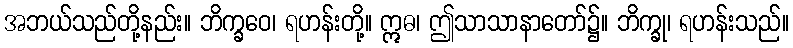
အဘယ်သည်တို့နည်း။ ဘိက္ခဝေ၊ ရဟန်းတို့။ ဣဓ၊ ဤသာသာနာတော်၌။ ဘိက္ခု၊ ရဟန်းသည်။